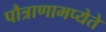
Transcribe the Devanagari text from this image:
पौत्राणामप्येते